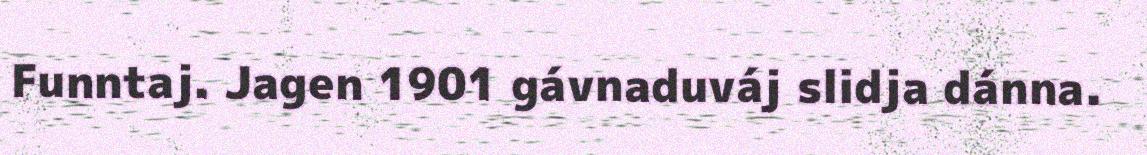
Funntaj. Jagen 1901 gávnaduváj slidja dánna.